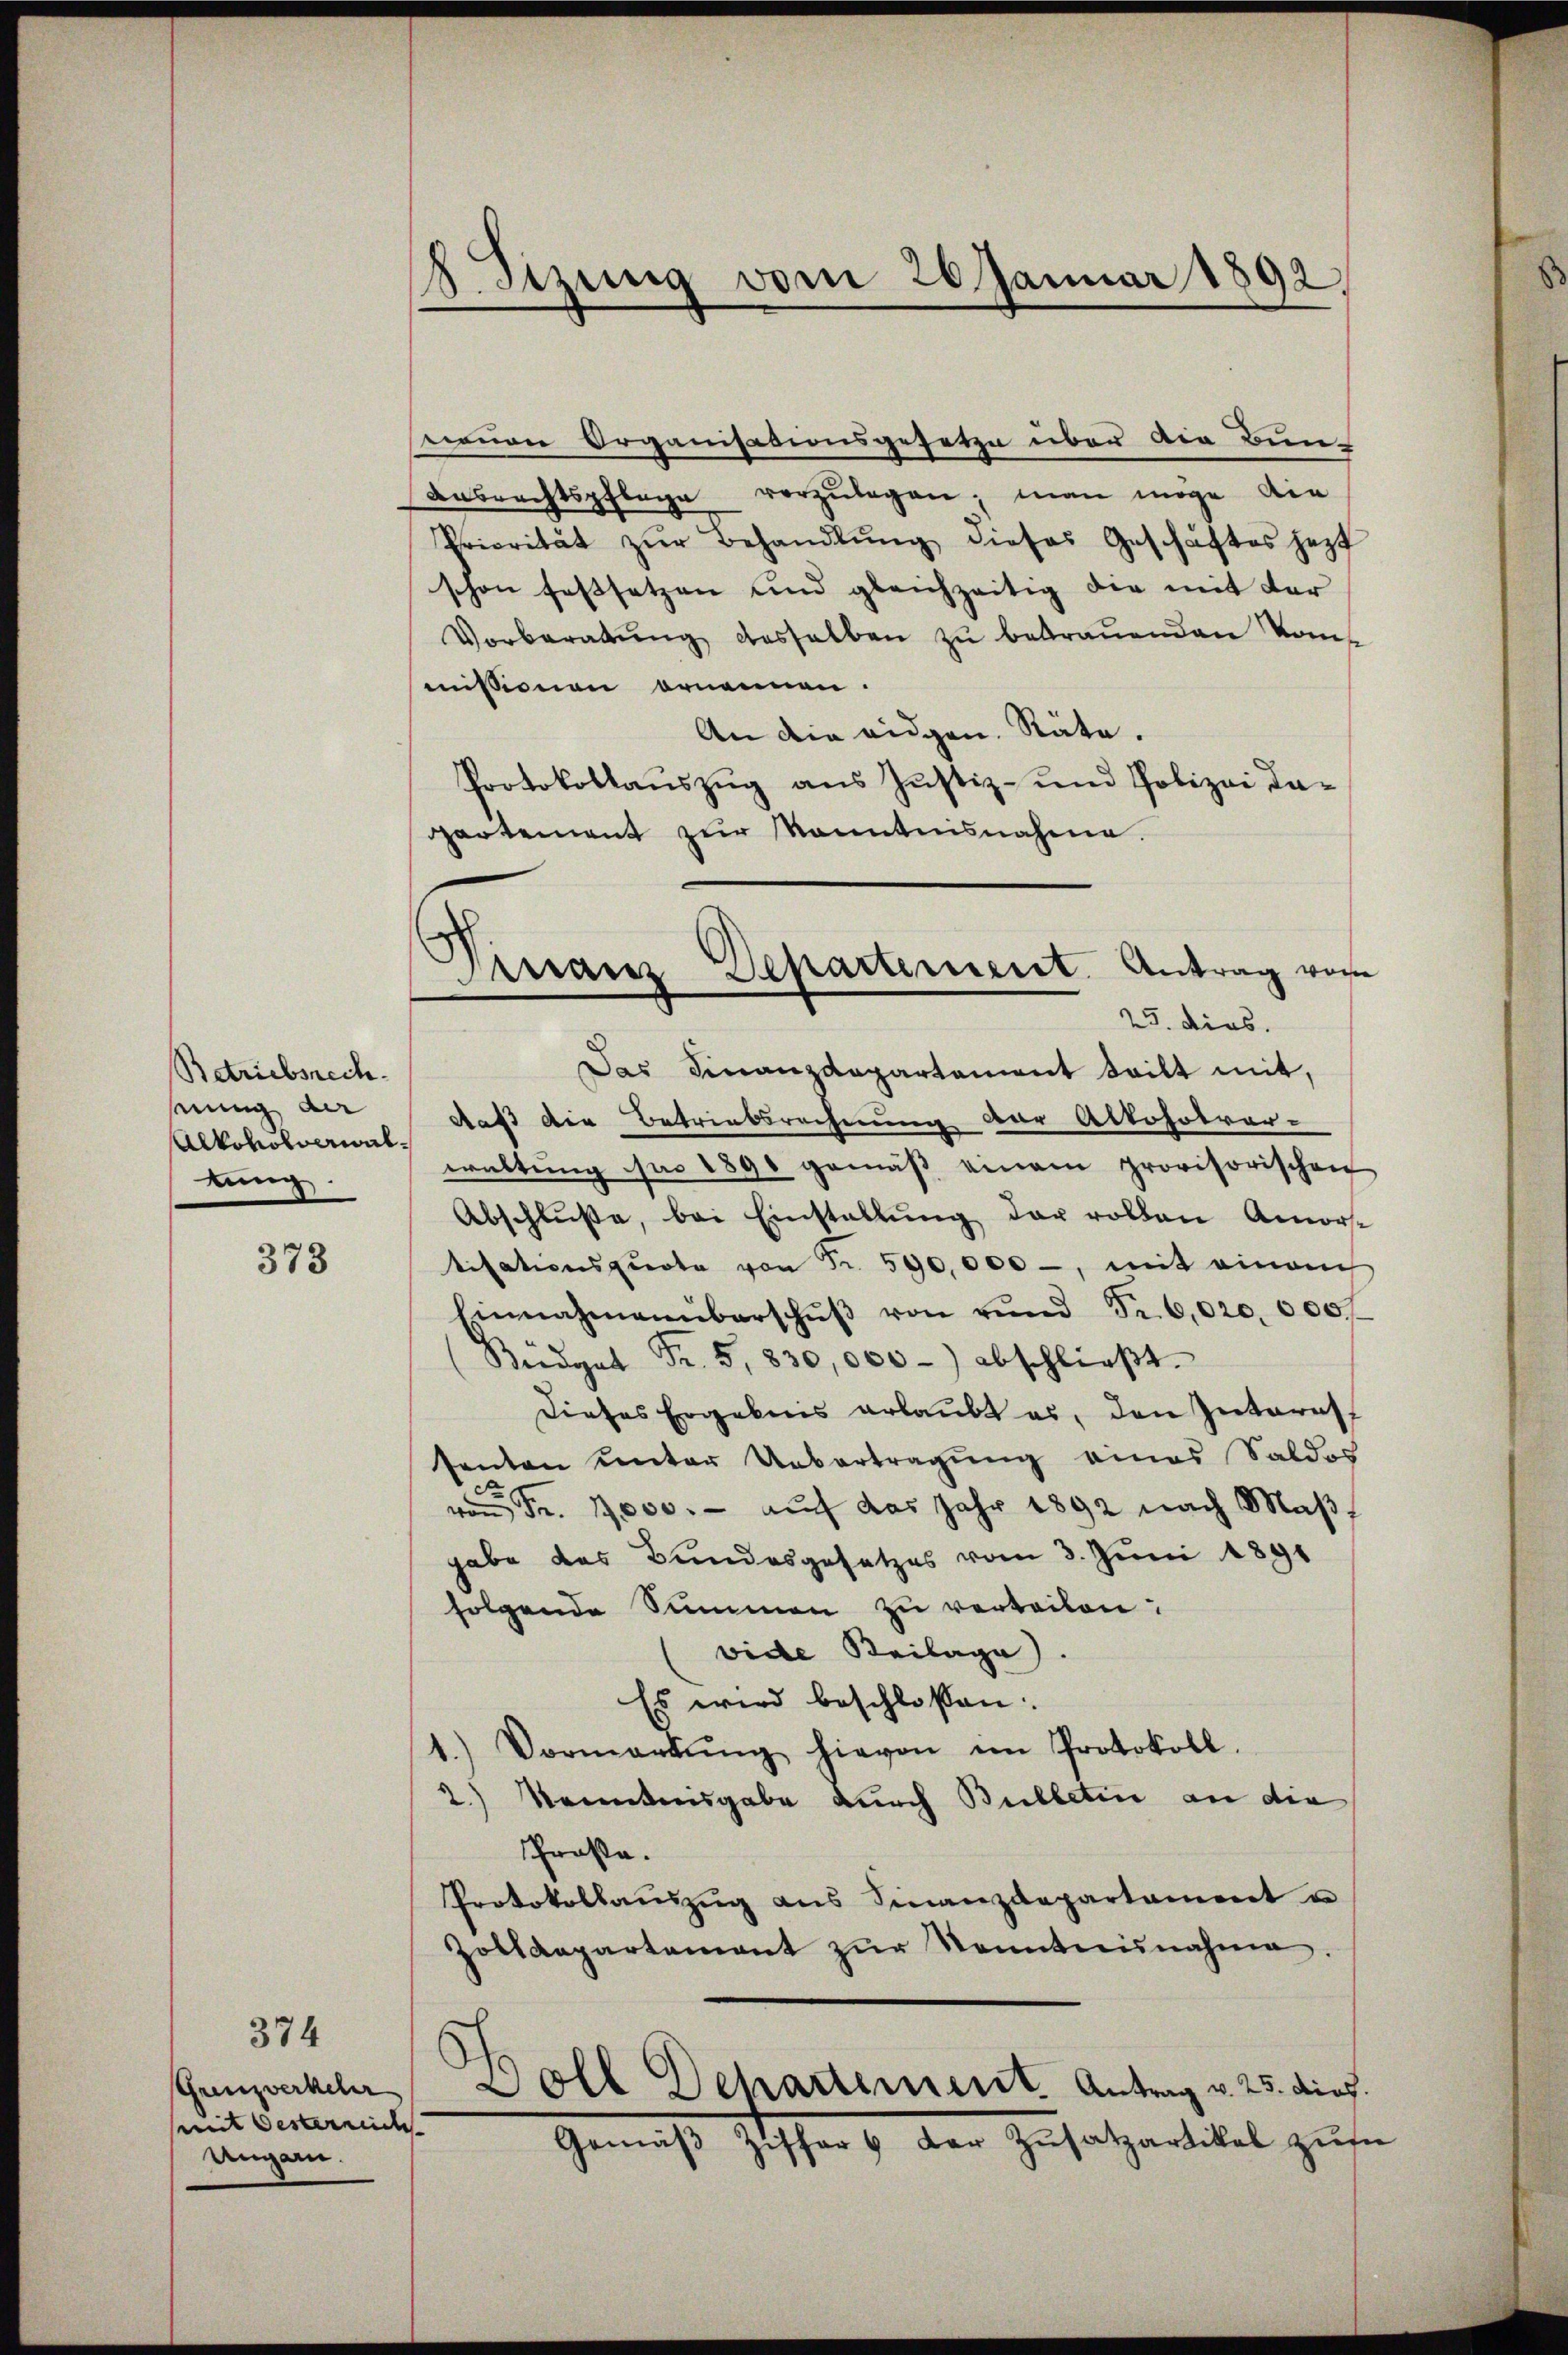
Betriebsrech
nung der
Alkoholverwaltung.

373

374
Grenzverkehr
mit Oesternich
Ungarn.

18. Sizung vom 26. Januar 1892.

neuen Organisationsgesetze über die Bun-
Ansrechtspflege vorzŭlegen; man möge die
Priorität zŭr Behandlŭng dieses Geschaftes jezt
schon festsetzen und gleichzeitig die mit der
Vorberatŭng desselben zŭ betraŭenden komt
missionen ornennen.
An die eidgen. Räte.
Protokollauszug aus Justiz- und Polizei daartement zur Kenntnisnahme.

Finanz Separtement. Antrag von
25. dies

Das Finanzdepartement teilt mit,
daß die Betriebsrechnung der Alkoholver-
waltŭng pro 1890 gemäβ einem provisorischen
Abschlüße, bei Einstallŭng der vollen Amor-
tisationsquote von Fr. 590,000 -, mit einem
Einnahmenüberschŭβ von rŭnd Fr. 6,020.000
Beedgat Fr. 5, 830,000 -) abschlieβt.
Dieses Ergebens erlaubt es, den Interes
senten unter Uebertragung eines Saldos
 Fr. 17000.- auf das Jahr 1892 nach Maßhabe des Bundesgesetzes vom 3. Juni 1891
folgende Summen zu verteilen:
vide Beilage).
Es wird beschloßen:
1.) Vormerkŭng hievon im Protokoll.
2.) Kenntnisgabe durch Bulletin an die
Prosa.
Protokollaŭszŭg ans Finanzdepartament u
Zolldepartement zŭr Kenntnisnahme.
Boll Departement. Antrag v. 25. dies
Gemäβ Ziffer 6 der Zŭsatzartikel zŭsa